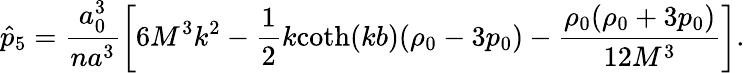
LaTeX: \hat{p}_{5}=\frac{a_{0}^{3}}{na^{3}}\left[6M^{3}k^{2}-\frac 12k\mathrm{coth}(kb)(\rho_{0}-3p_{0})-\frac{\rho_{0}(\rho_{0}+3p_{0})}{12M^{3}}\right].